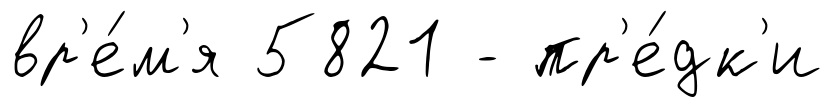
вр'е́м'я 5821 - пр'е́дк'и